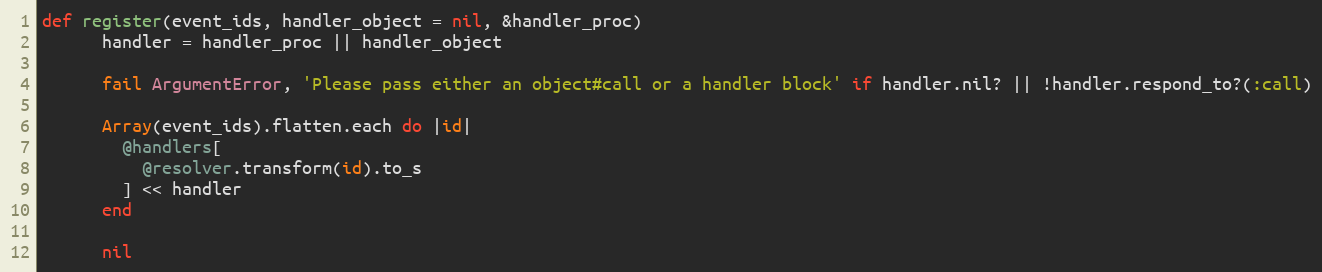
Language: Ruby
def register(event_ids, handler_object = nil, &handler_proc)
      handler = handler_proc || handler_object

      fail ArgumentError, 'Please pass either an object#call or a handler block' if handler.nil? || !handler.respond_to?(:call)

      Array(event_ids).flatten.each do |id|
        @handlers[
          @resolver.transform(id).to_s
        ] << handler
      end

      nil